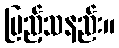
ပြည့်သနည်း။